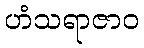
ဟံသရာဇာဝ